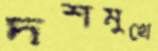
দশমুখে